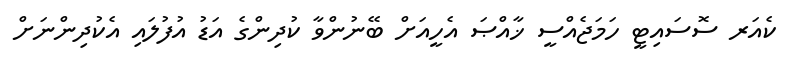
ކެއަރ ސޮސައިޓީ ހަމަޖެއްސީ ޚާއްޞަ އެހީއަށް ބޭނުންވާ ކުދިންގެ އަޑު އުފުލައި އެކުދިންނަށް